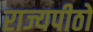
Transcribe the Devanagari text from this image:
राज्यपीठों